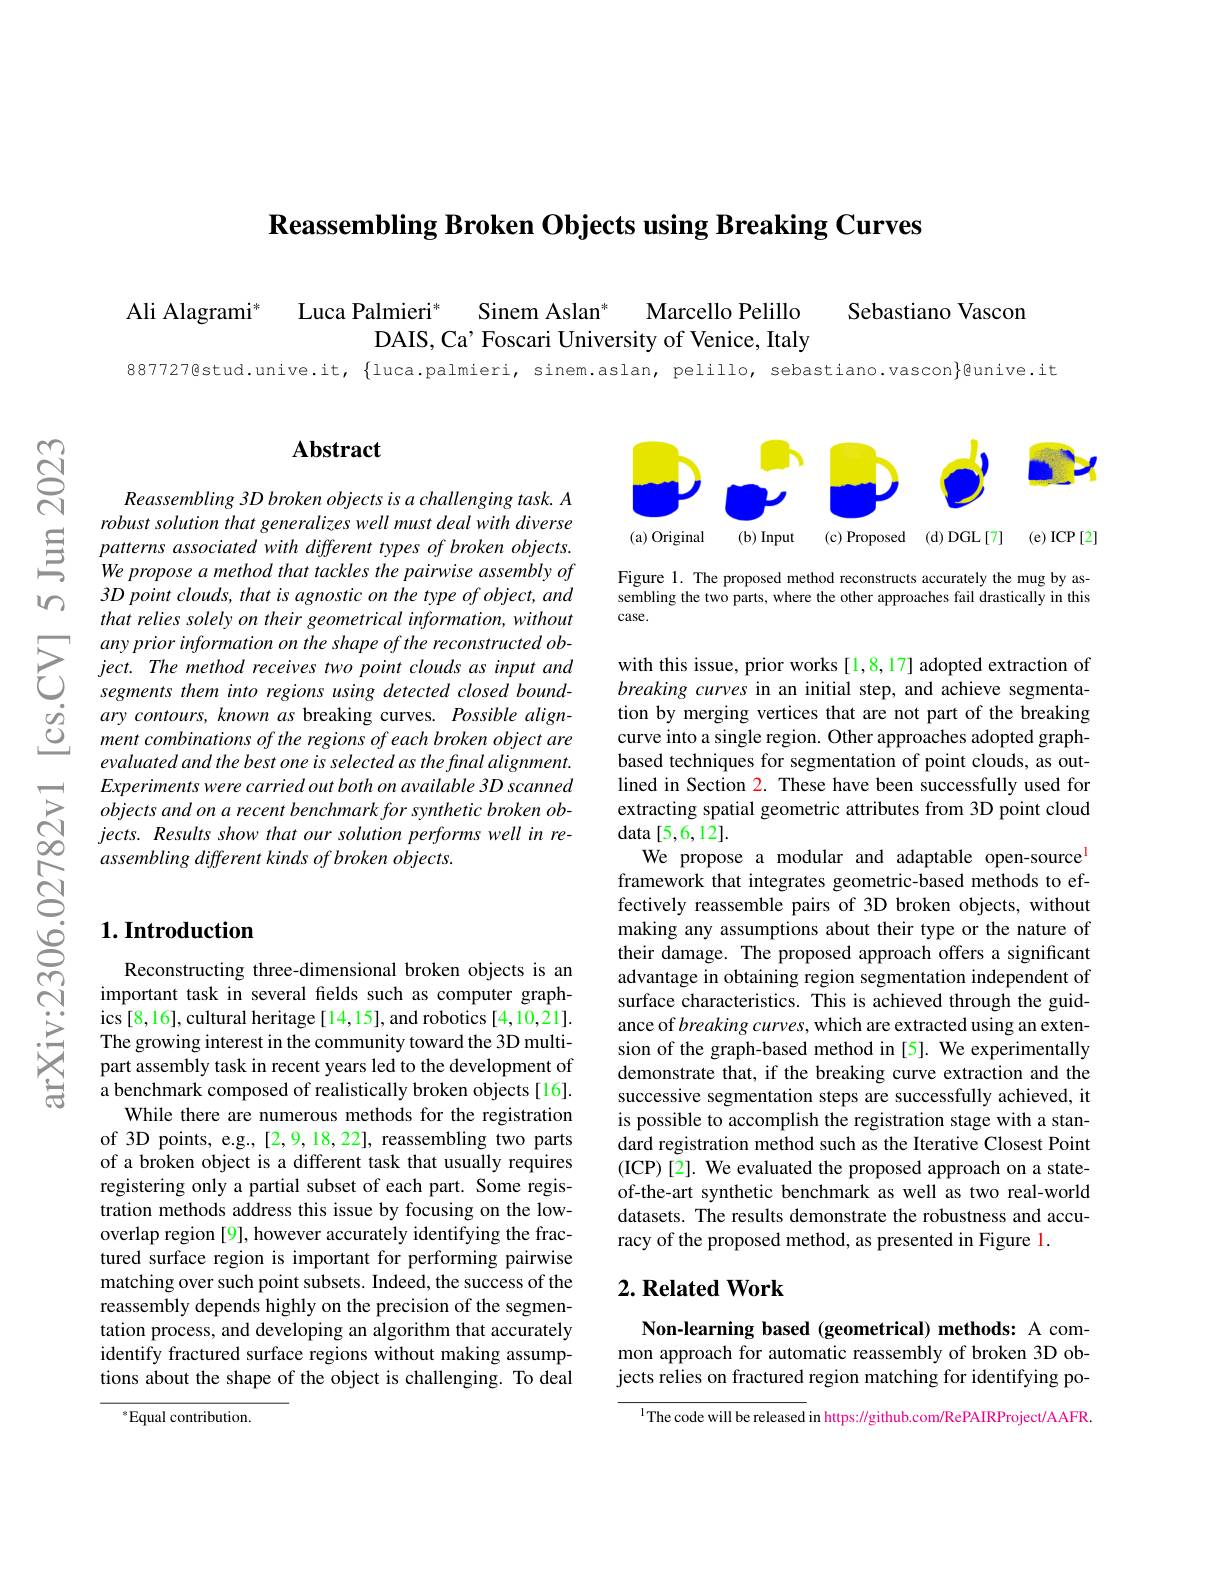
$\textbf{Reassembling Broken Objects using Breaking Curves}$

$w$

$ଟ୍ରି$

Sebastiano Vascon

$\mathrm{Luca~Palmieri}^*$
Sinem Aslan"
Marcello Pelillo
Ali Alagrami$^{*}$
DAIS, Ca' Foscari University of Venice, Italy

887727@stud.unive.it, {luca.palmieri, sinem.aslan, pelillo, sebastiano.vascon}gunive.it

## $\mathbf{Abstract}$

<FigureHere>

Figure 1. The proposed method reconstructs accurately the mug by assembling the two parts, where the other approaches fail drastically in this case.

Reassembling 3D broken objects is a challenging task. A robust solution that generalizes well must deal with diverse
$\underline {\Xi }$ patterns associated $wi$
3D point clouds, that is agnostic on the type of object, and that relies solely on their geometrical information, without
$\begin{array}{ccc}\dot{g}&ary\:contours,\:known\:as\:breaking\:curves.~Possible\:align-\\\dot{C}&ment\:combinations\:of\:the\:regions\:of\:each\:broken\:object\:are\end{array}$
evaluated and the best one i $Experimentswerecarriedoutbothonavailable3Dscanned$ $objectsandonarecentbenchmarkforsyntheticbrokenob-$ $jects.Resultsshowthatoursolutionperformswellinre-$ assembling different kinds of broken objects.

## $1. \textbf{Introduction}$

with this issue, prior works [1,8,17] adopted extraction of breaking curves in an initial step, and achieve segmentation by merging vertices that are not part of the breaking curve into a single region. Other approaches adopted graphbased techniques for segmentation of point clouds, as outlined in Section 2. These have been successfully used for extracting spatial geometric attributes from 3D point cloud data [5,6,12].
We propose a modular and adaptable open-source framework that integrates geometric-based methods to effectively reassemble pairs of 3D broken objects, without making any assumptions about their damage. The proposed approach offers a significant advantage in obtaining region segmentation independent of surface characteristics. Thi ance of breaking curves, which are extracted using an extension of the graph-based method in [5]. We experimentally demonstrate that, if the breaking curve extraction and the successive segmentation step is possible to accomplish the registration stage with a standard registration method such as the Iterative Closest Point (ICP)[2]. We evaluated the proposed approach on a stateof-the-art synthetic benchmark as well as two real-world datasets. The results demonstrate the robustness and accuracy of the proposed method, as presented in Figure 1.

Reconstructing three-dimensional broken objects is an important task in several felds such as computer graphics [8,16], cultural heritage [14,15], and robotics [4,10,21]. The growing interest in the community toward the 3D multipart assembly task in recent a benchmark composed of real
While there are numerous methods for the registration of 3D points, e.g., [2,9,18,22], reassembling two parts of a broken object is a different task that usually requires registering only a partial subset of each part. Some registration methods address this issue by focusing on the lowoverlap region [9], however accurately identifying the fractured surface region is important for performing pairwise matching over such point subsets. Indeed, the success of the reassembly depends highly on the precision of the segmentation process, and developing an algorithm that accurately identify fractured surface regions without making assumptions about the shape of the object is challenging. To deal

### $2. \textbf{Related Work}$

Non-learning based (geometrical) methods: A common approach for automatic reassembly of broken 3D objects relies on fractured region matching for identifying po-

$^{1}$The code will be released in https://github.com/RePAIRProject/AAFR

$^{*}$Equal contribution.